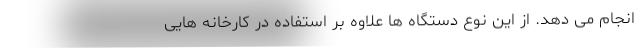
انجام می دهد. از این نوع دستگاه ها علاوه بر استفاده در کارخانه هایی